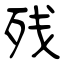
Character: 残